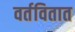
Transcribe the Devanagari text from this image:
वर्तवितात